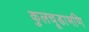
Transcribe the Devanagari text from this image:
कुलचूडाभणि